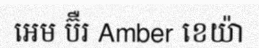
អេម ប៊ឺរ Amber ខេយ៉ា